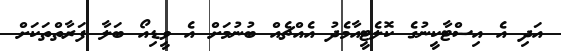
އަދި އެ އިސްޓާކީނުގެ ކޮލެޓީއާމެދު އެއްޗެއް ބުނުމަށް އެ ވީޑިއޯ ބަލާ ފަރާތްތަކަށް